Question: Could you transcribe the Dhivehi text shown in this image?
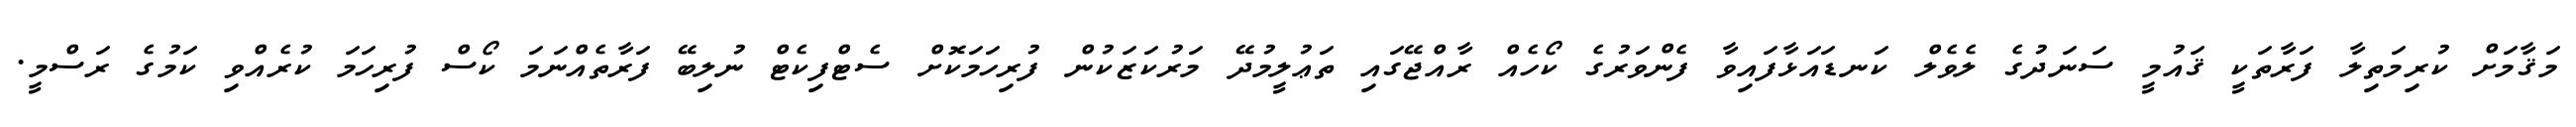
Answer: މަޤާމަށް ކުރިމަތިލާ ފަރާތަކީ ޤައުމީ ސަނަދުގެ ލެވެލް ކަނޑައަޅާފައިވާ ފެންވަރުގެ ކޯހެއް ރާއްޖޭގައި ތަޢުލީމުދޭ މަރުކަޒަކުން ފުރިހަމަކޮށް ސެޓްފިކެޓް ނުލިބޭ ފަރާތެއްނަމަ ކޯސް ފުރިހަމަ ކުރެއްވި ކަމުގެ ރަސްމީ.